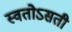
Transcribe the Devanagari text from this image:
स्वतोऽसती